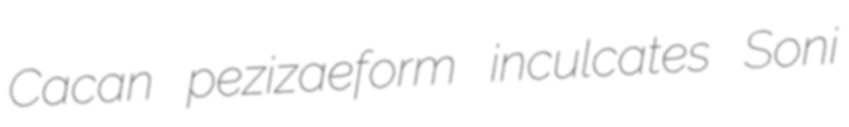
Cacan pezizaeform inculcates Soni